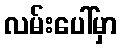
လမ်းပေါ်မှာ